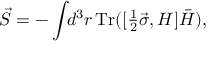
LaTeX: { \vec { S } } = - \int \! \! d ^ { 3 } r \, \mathrm { T r } ( [ \textstyle \frac 1 2 { \vec { \sigma } } , H ] \bar { H } ) ,